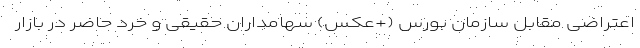
اعتراضی مقابل سازمان بورس (+عکس) سهامداران حقیقی و خرد حاضر در بازار